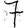
Digit: 7